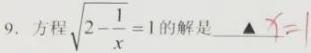
9. 方程\(\sqrt{2 - \frac{1}{x}} = 1\)的解是 \(\Delta\ x = 1\)